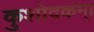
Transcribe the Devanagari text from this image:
कुशोदकम्।